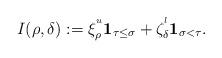
LaTeX: \begin{align*}I(\rho,\delta):=\xi^{^u}_{\rho} {\bf 1} _{\tau \leq \sigma}+ \zeta^{^l}_{\delta} {\bf 1} _{\sigma < \tau}.\end{align*}